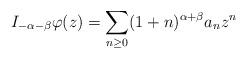
LaTeX: \begin{align*}I_{-\alpha-\beta}\varphi (z)=\sum_{n\geq 0}(1+n)^{\alpha+\beta}a_nz^n\end{align*}